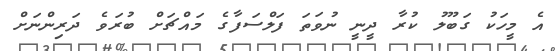
އެ މީހަކު ގަބޫލު ކުރާ ދީނީ ނުވަތަ ފަލްސަފާގެ މައްޗަށް ބުރަވެ ދަރިންނަށް